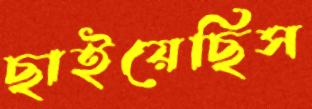
ছাইয়েছিস